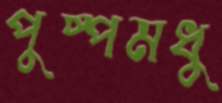
পুষ্পমধু